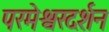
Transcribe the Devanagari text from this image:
परमेश्वरदर्शन